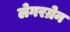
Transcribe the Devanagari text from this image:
लेगरग्रेन